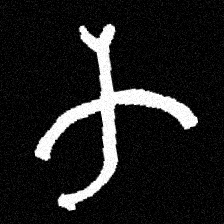
Pyu character \u2014 Myanmar letter: က (romanized: ka)